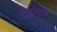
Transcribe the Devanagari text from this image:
मोइनीब